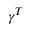
\gamma ^ { T }